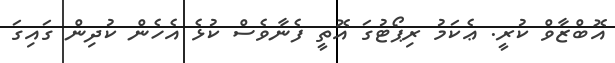
އޮބްޒާވް ކުރީ. ޢެކަމު ރިޕޯޓުގަ އޮތީ ފެނާވެސް ކުޅެ އެހެން ކުދިން ގައިގަ